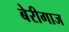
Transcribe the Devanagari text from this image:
बेरीगाज